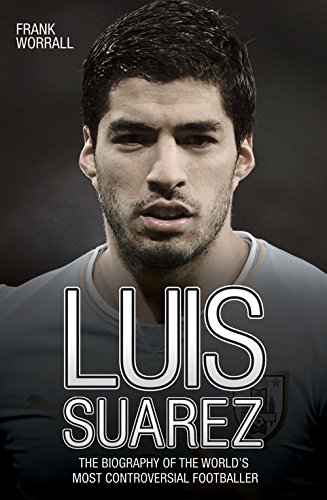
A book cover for Luis Suarez: The Biography of the World's Most Controversial Footballer; Frank Worrall; Biographies & Memoirs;